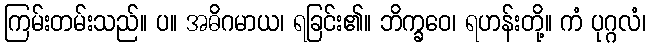
ကြမ်းတမ်းသည်။ ပ။ အဓိဂမာယ၊ ရခြင်း၏။ ဘိက္ခဝေ၊ ရဟန်းတို့။ ကံ ပုဂ္ဂလံ၊